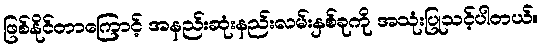
ဖြစ်နိုင်တာကြောင့် အနည်းဆုံးနည်းလမ်းနှစ်ခုကို အသုံးပြုသင့်ပါတယ်။